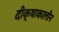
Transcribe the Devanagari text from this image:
दीक्षाकालीन